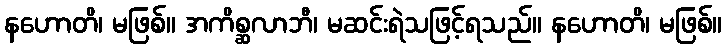
နဟောတိ၊ မဖြစ်။ အကိစ္ဆလာဘီ၊ မဆင်းရဲသဖြင့်ရသည်။ နဟောတိ၊ မဖြစ်။